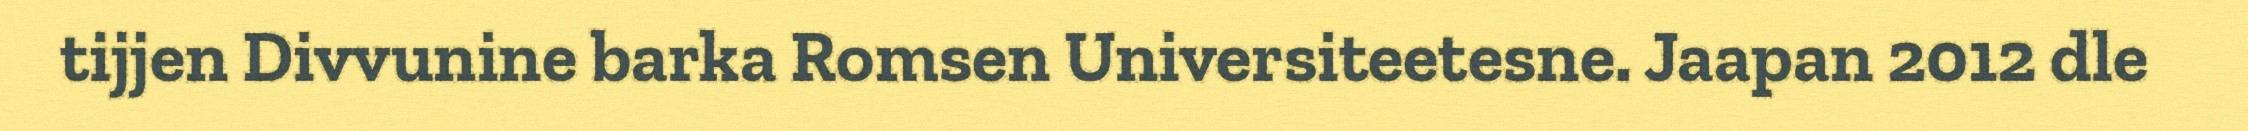
tijjen Divvunine barka Romsen Universiteetesne. Jaapan 2012 dle